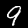
Label: 9